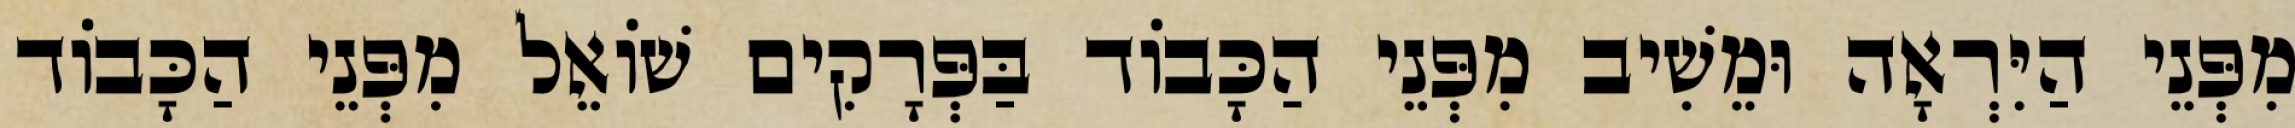
מִפְּנֵי הַיִּרְאָה וּמֵשִׁיב מִפְּנֵי הַכָּבוֹד בַּפְּרָקִים שׁוֹאֵל מִפְּנֵי הַכָּבוֹד